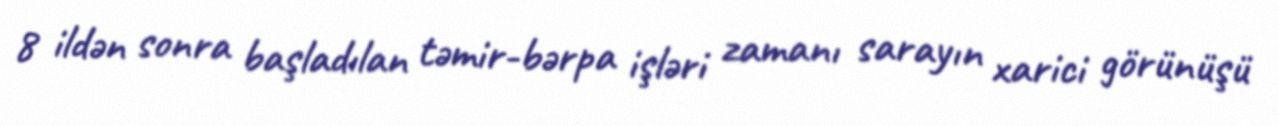
8 ildən sonra başladılan təmir-bərpa işləri zamanı sarayın xarici görünüşü